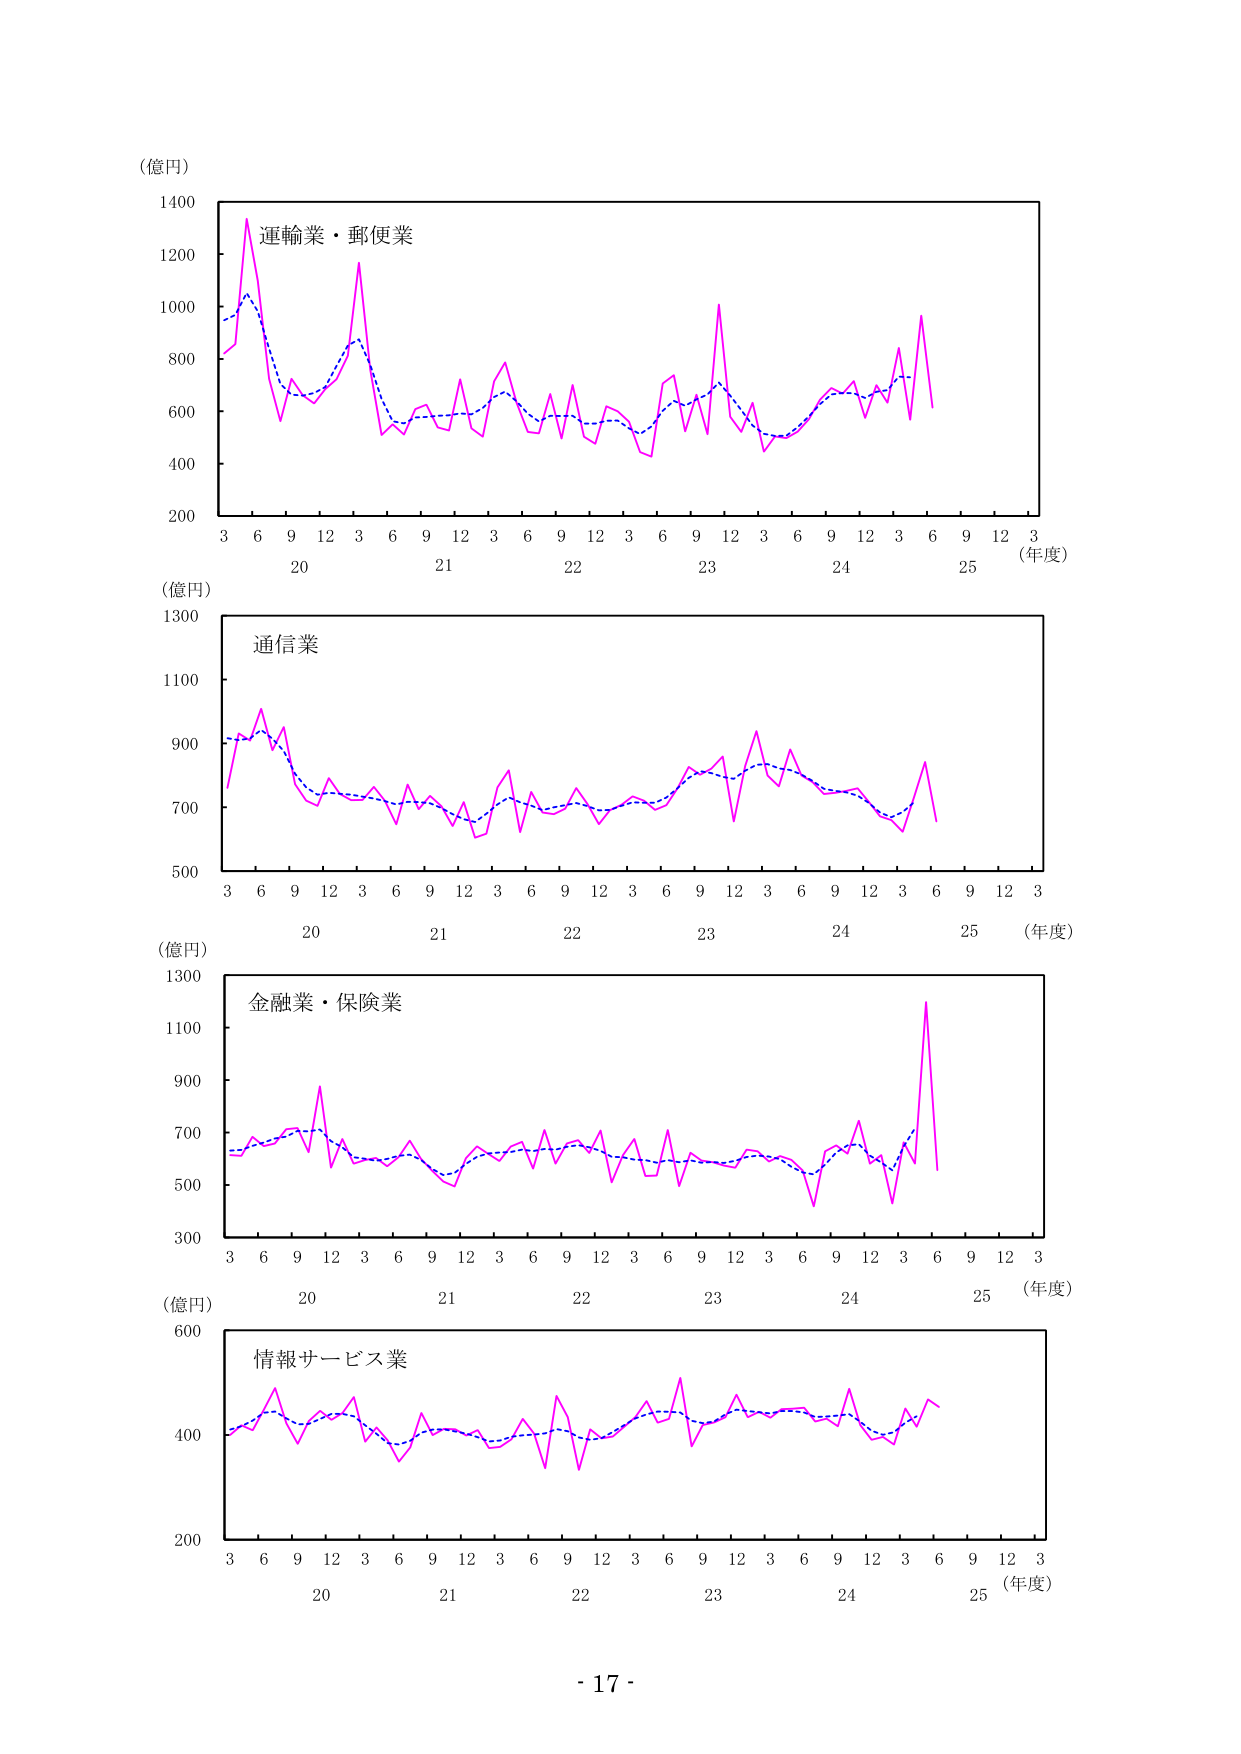
（億円）
1400
1200
運輸業・郵便業
1000
800
600
400
200
3 6 9 12 3 6 9 12 3 6 9 12 3 6 9 12 3 6 9 12 3
20 21 22 23 24 25 （年度）
（億円）
1300
通信業
1100
900
700
500
3 6 9 12 3 6 9 12 3 6 9 12 3 6 9 12 3 6 9 12 3
20 21 22 23 24 25 （年度）
（億円）
1300
金融業・保険業
1100
900
700
500
300
3 6 9 12 3 6 9 12 3 6 9 12 3 6 9 12 3 6 9 12 3
20 21 22 23 24 25 （年度）
（億円）
600
情報サービス業
400
200
3 6 9 12 3 6 9 12 3 6 9 12 3 6 9 12 3 6 9 12 3
20 21 22 23 24 25 （年度）
- 17 -